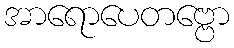
အာရောပေတဗ္ဗော